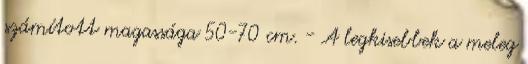
számított magassága 50-70 cm. - A legkisebbek a meleg